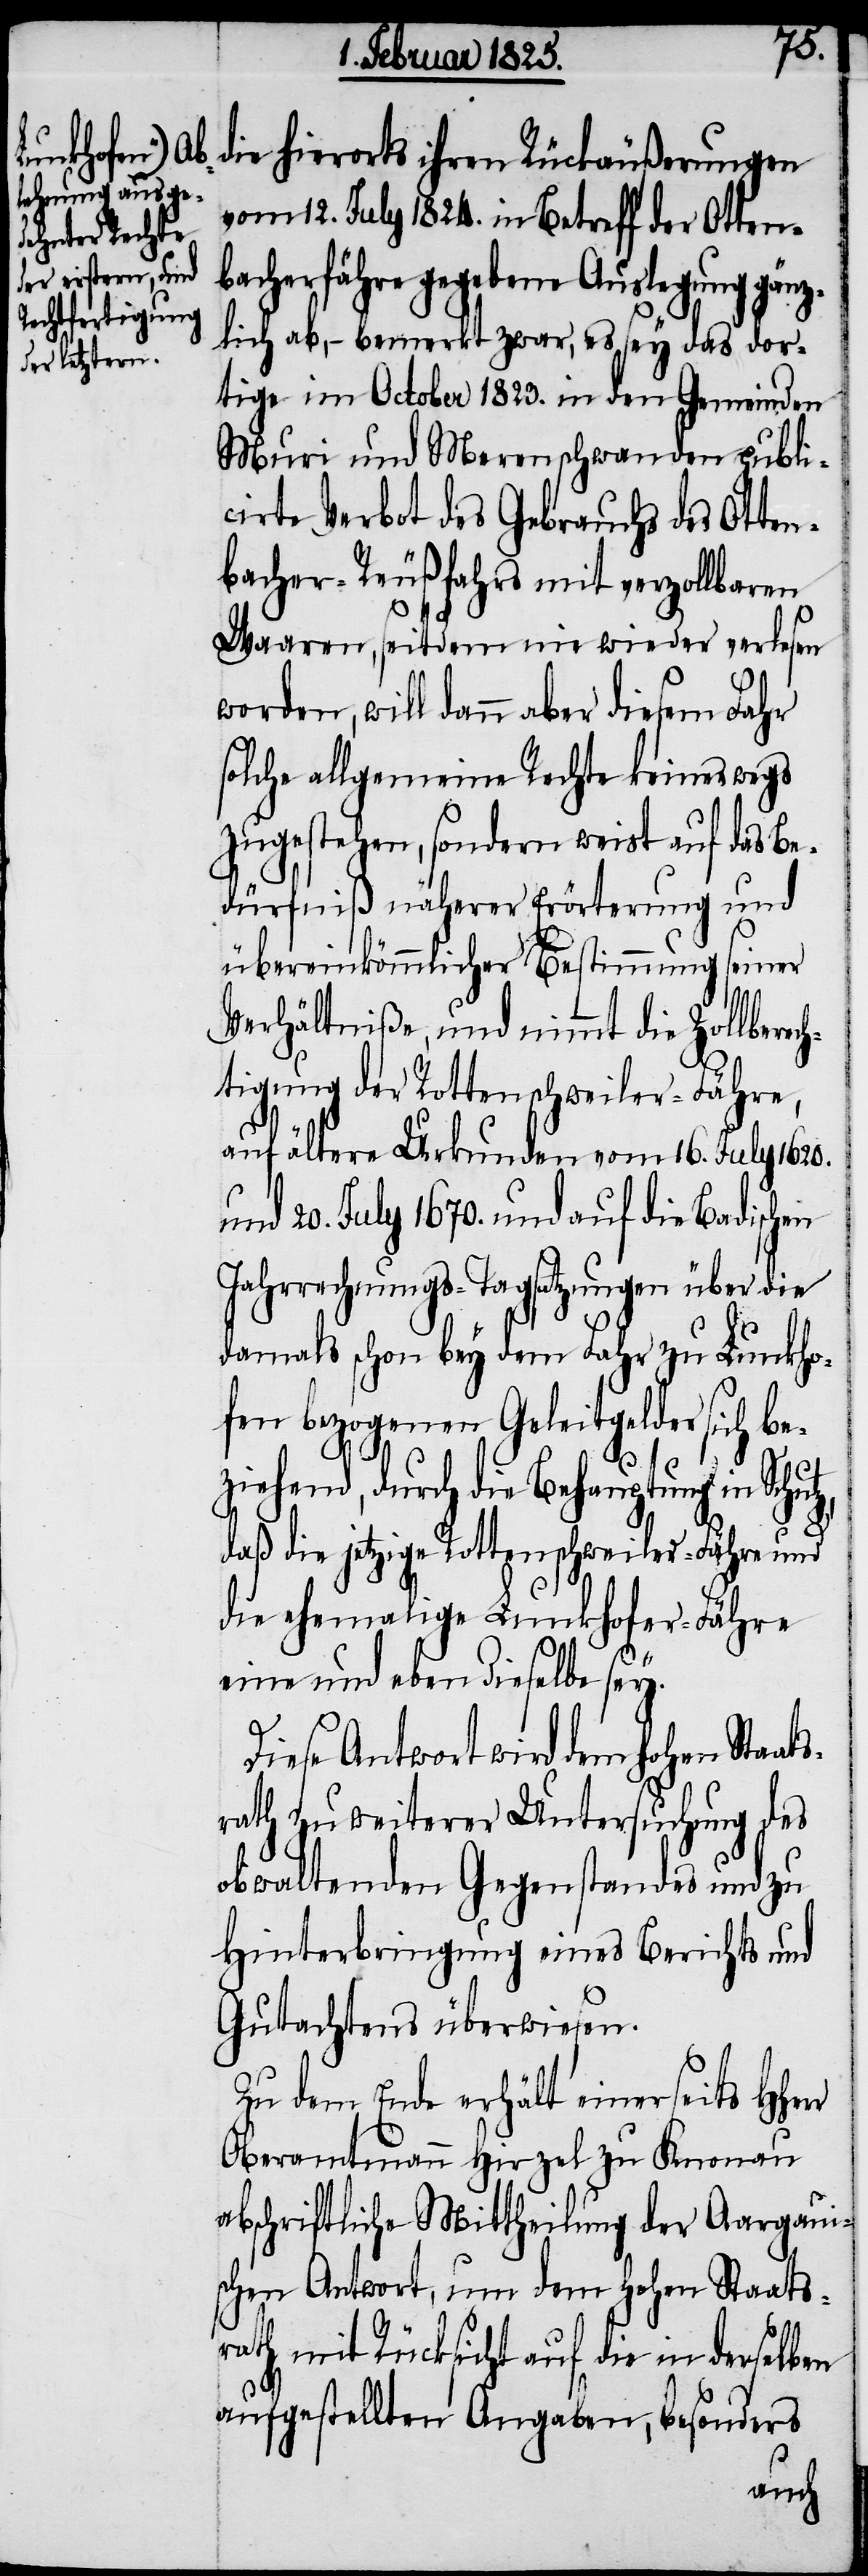
die hierorts ihren Rückäußerungen
vom 12. July 1824. in Betreff der Otten¬
bacherfähre gegebene Auslegung gänz¬
lich ab, − bemerkt zwar, es sey das dor¬
tige im October 1823. in den Gemeinden
Muri und Merenschwanden publi¬
cirte Verbot des Gebrauchs des Otten¬
bacher-Reußfahrs mit verzollbaren
Waaren, seitdem nie wieder verlesen
r
worden, will dann aber diesem Fahr
solche allgemeine Rechte keineswegs
zugestehen, sondern weist auf das Be¬
dürfniß näherer Erörterung und
übereinkömmlicher Bestimmung seiner
Verhältniße, und nimmt die Zollberec¬
htigung der Rottenschweiler-Fähre,
auf ältere Urkunden vom 16. July 1620.
und 20. July 1670. und auf die Badischen
Jahrrechnungs-Tagsatzungen über die
damals schon bey dem Fahr zu Lunkho¬
fen bezogenen Geleitgelder sich be¬
ziehend, durch die Behauptung in Schutz,
daß die jetzige Rottenschweiler-Fähre und
die ehemalige Lunkhofer-Fähre
eine und eben dieselbe sey.
Diese Antwort wird dem hohen Staat¬
srath zu weiterer Untersuchung des
obwaltenden Gegenstandes und zu
Hinterbringung eines Berichts und
Gutachtens überwiesen.
Zu dem Ende erhält einerseits HHer¬
Oberamtmann Hirzel zu Knonau
abschriftliche Mittheilung der Aargaui¬
schen Antwort, um den hohen Staats¬
rath mit Rücksicht auf die in derselben
aufgestellten Angaben, besonders